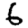
Digit: 6